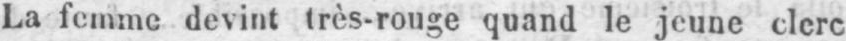
La femme devint très-rouge quand le jeune clerc